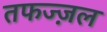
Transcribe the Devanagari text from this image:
तफज्ज़ल